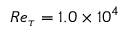
R e _ { \tau } = 1 . 0 \times 1 0 ^ { 4 }